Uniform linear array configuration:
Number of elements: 12
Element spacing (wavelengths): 0.75
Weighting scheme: hann
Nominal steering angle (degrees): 15
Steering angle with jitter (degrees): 16.506
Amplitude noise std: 0.05
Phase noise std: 0.05

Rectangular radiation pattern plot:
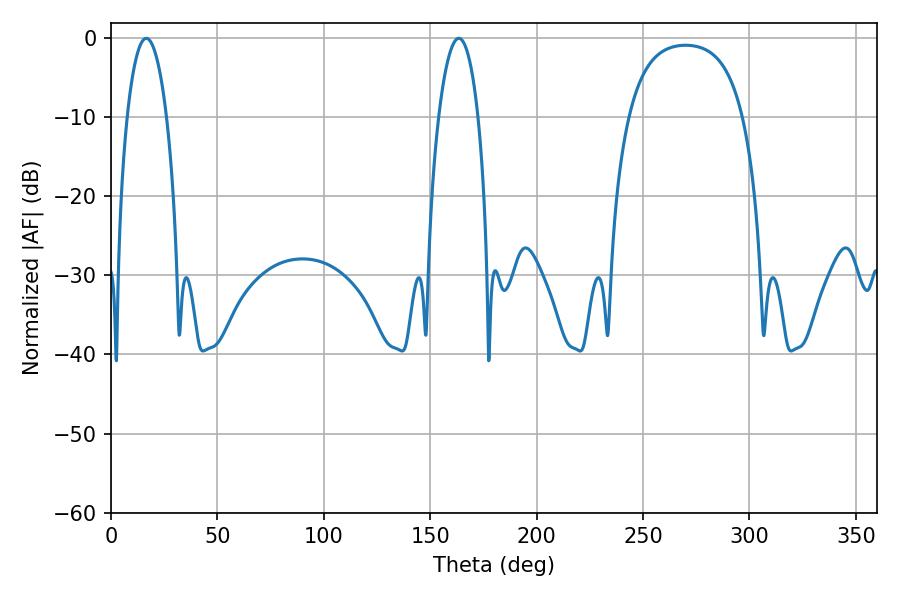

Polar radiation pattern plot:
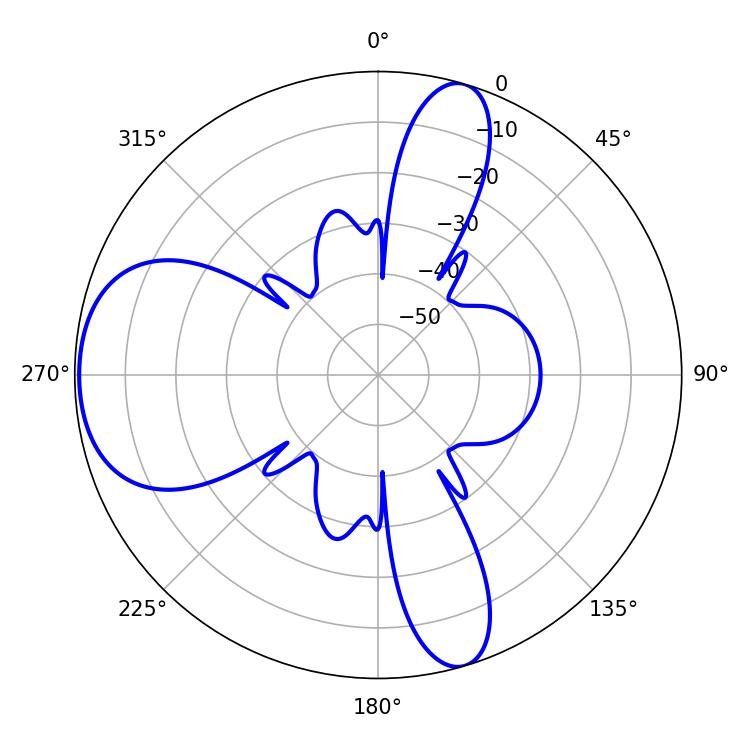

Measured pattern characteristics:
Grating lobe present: TRUE
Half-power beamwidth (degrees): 10.26
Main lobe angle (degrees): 16.56